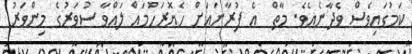
ކަމުގައިވެސް ވެދާނެއެވެ. މާތް  އެ ފުރާނައަށް ހެޔޮރަހުމައް ލައްވާ ސުވަރުގެ މިންވަރު